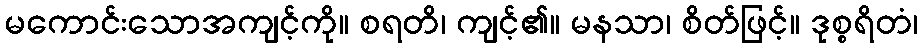
မကောင်းသောအကျင့်ကို။ စရတိ၊ ကျင့်၏။ မနသာ၊ စိတ်ဖြင့်။ ဒုစ္စရိတံ၊